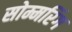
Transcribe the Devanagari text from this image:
सोम्मरिंग